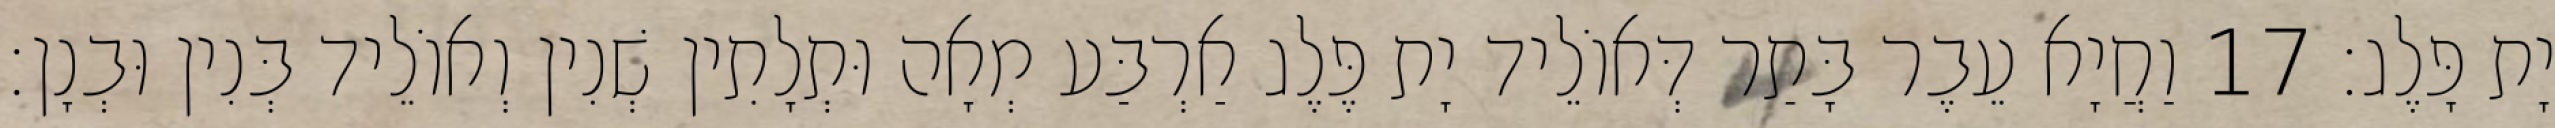
יָת פָּלֶג׃ 17 וַחֲיָא עֵבֶר בָּתַר דְּאוֹלֵיד יָת פֶּלֶג אַרְבַּע מְאָה וּתְלָתִין שְׁנִין וְאוֹלֵיד בְּנִין וּבְנָן׃